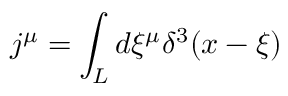
j ^ { \mu } = \int _ { L } d \xi ^ { \mu } \delta ^ { 3 } ( x - \xi )